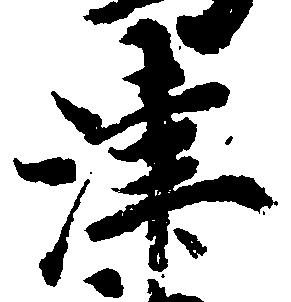
津